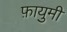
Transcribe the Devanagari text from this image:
फ़ायुमी